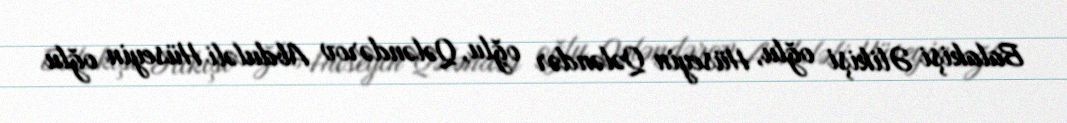
Balakişi Əlikişi oğlu, Hüseyin Qələndər oğlu, Qələndərov Abduləli Hüseyin oğlu